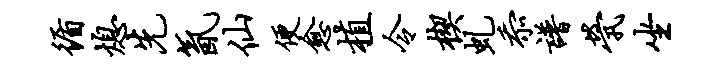
循熄先氤仙便愈植令楔虬忝谱茕坐